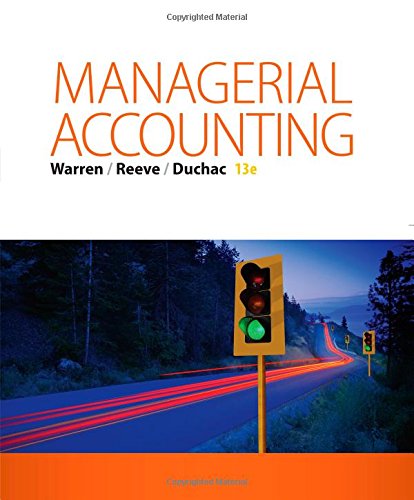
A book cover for Managerial Accounting; Carl S. Warren; Business & Money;